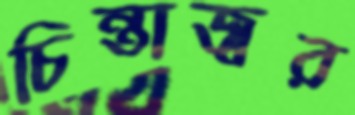
চিন্তাজ্বর